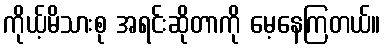
ကိုယ့်မိသားစု အရင်းဆိုတာကို မေ့နေကြတယ်။